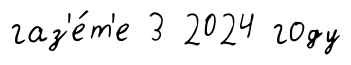
газ'е́т'е 3 2024 году